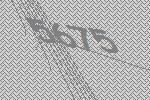
5675